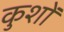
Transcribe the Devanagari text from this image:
कुशों